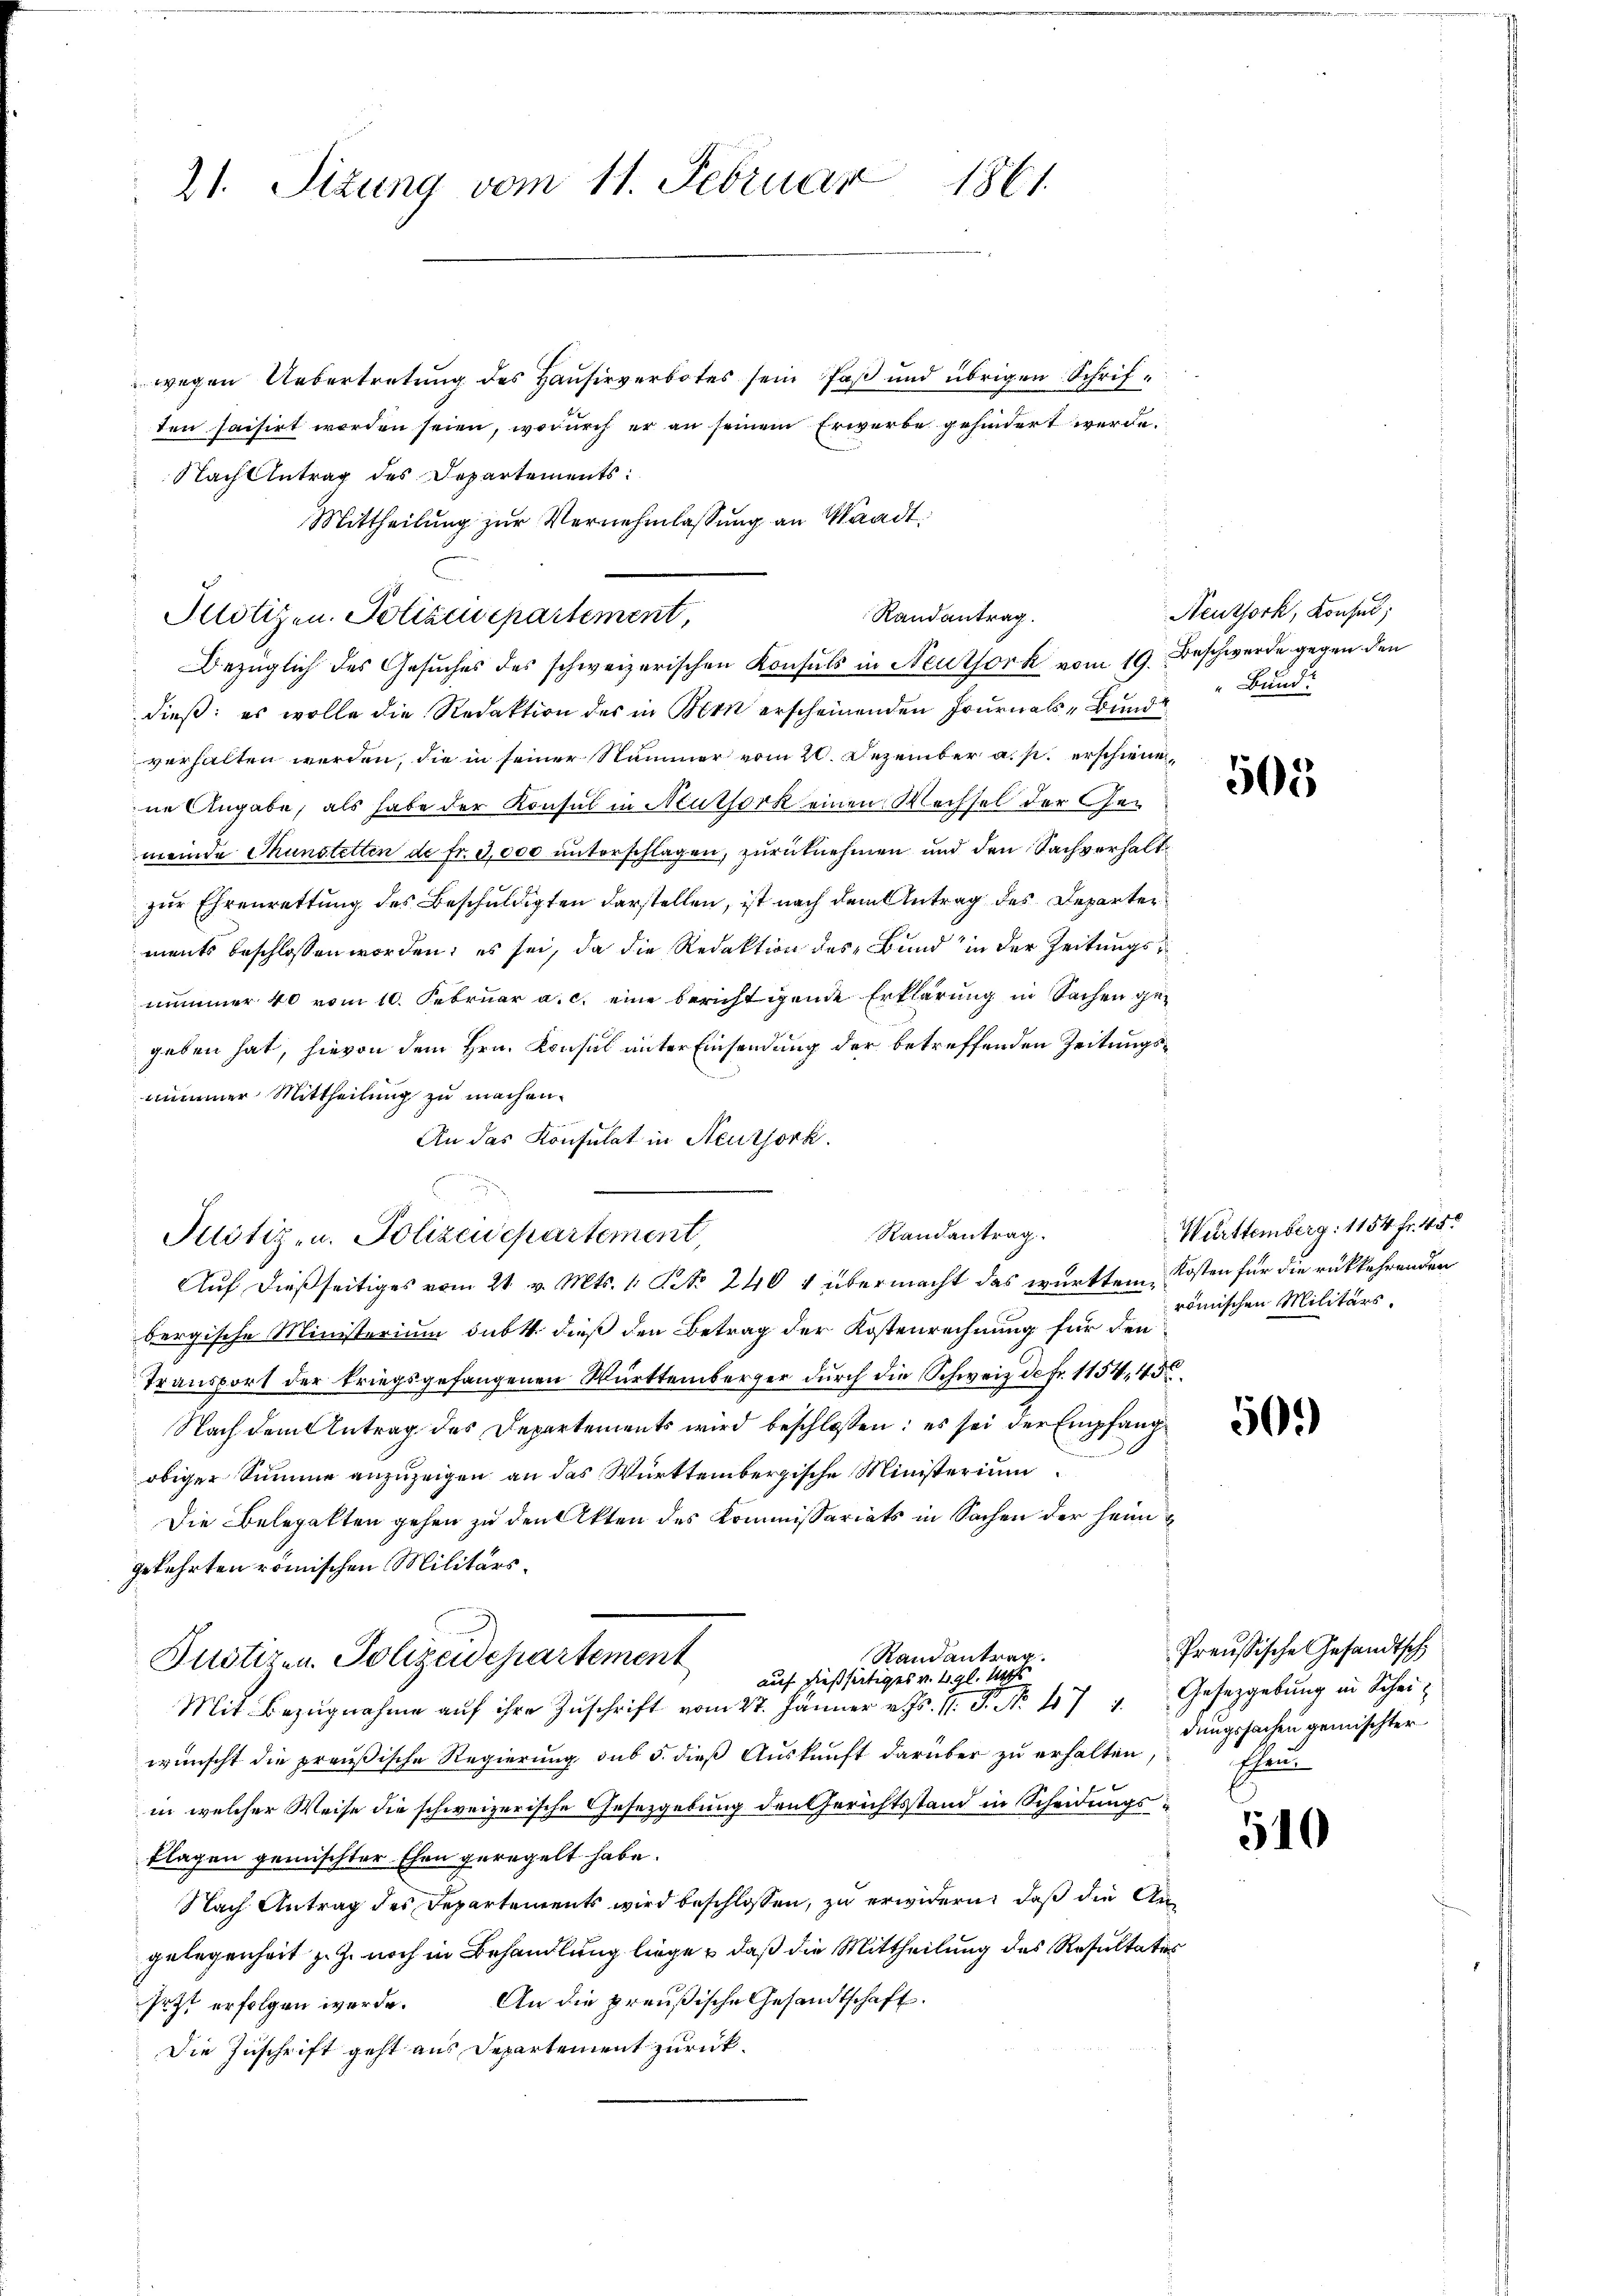
21. Sizung vom 11. Februar 1861.

wegen Uebertretung des Hausirverbotes sein Paß und übrigen Schriften saisirt worden seien, wodurch er an seinem Erwerbe gehindert werde.
Nach Antrag des Departements:
dieß: es wolle die Redaktion des in Bern erscheinenden Journals Bund
verhalten werden, die in seiner Nummer vom 20. Dezember a. p. erschienen
ne Angabe, als habe der Konsul in Authork einen Wechsel der Gemeinde Thunstetten de fr. 3,000 unterschlagen, zurücknehmen und den Sachverhältzur Ehrenrettung des Beschuldigten darstellen, ist nach dem Antrag des Departer
ments beschlossen worden; es sei, da die Redaktion des Bund“ in der Zeitungsnimmer 40 vom 10. Februar a. c. eine berichtigende Erklärung in Sachen gegeben hat, hievon dem Hrn. Konsul unter Einsendung der betreffenden Zeitungsnimmer Mittheilung zu machen.
An das Konsulat in Neuzjork.
bergische Ministorium sub 1. dieß den Betrag der Kostenrechnung für den
Transport der kriegsgefangenen Württemberger durch die Schweiz de fr. 1154, 45
Nach dem Antrag des Departements wird beschlossen: es sei der Empfangobiger Summe anzuzeigen an das Württembergische Ministerium
Die Belegatten gehen zu den Akten des Kommissariats in Sachen der heimgekehrten römischen Militärs.
Randantrag.
Justizen. Polizeidepartement
auf dießseitiges v. 2. gl. M
Mit Bezugnahme auf ihre Zuschrift vom 27. Jänner v. Js. 1. P. No. 471.
wünscht die preußische Regierung sub 5. dieß Auskunft darüber zu erhalten
in welcher Weise die schweizerische Gesetzgebung den Gerichtsstand in Scheidungsklagen gemischter Ehen geregelt habe.
Nach Antrag des Departements wird beschlossen, zu erwidern, daß die Angelegenheit z. Z. noch in Behandlung liege, daß die Mittheilung des Resultation
setzt erfolgen werde. An die preußische Gesandtschaft.
Die Zuschrift geht aus Departement zurück¬

Mittheilung zur Vernehmlassung an Waadt
Randantrag.
Potizen. Polizeisepartement,
Bezüglich des Gesuches des schweizerischen Konsuls in Neutfork vom 19. Beschwerde gegen den

Justiz- u. Polizeidepartement,

Randantrag.
Auf dießseitiges vom 21. v. Mts. 1. No. 240 4 übermacht das württem Kosten für die rückkehrenden

Neuthork, Konses;
Bund

s

505

Württemberg. 1154 fr. 45
römischen Militärs.

50.)

Preußische Gesandtsch
Gesetzgebung in Schei
dungssachen gemischter
schun

510